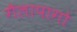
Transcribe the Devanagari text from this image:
गैलापागो